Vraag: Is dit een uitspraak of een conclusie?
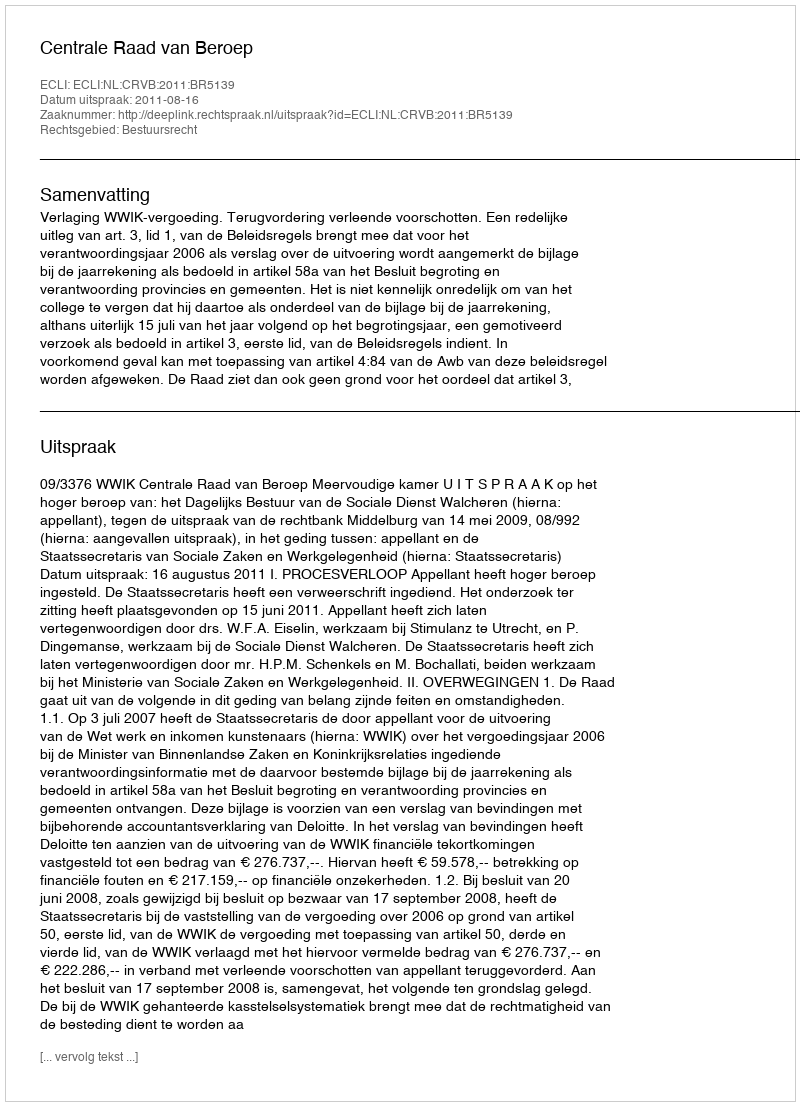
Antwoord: Uitspraak